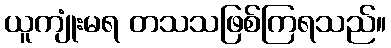
ယူကျုံးမရ တသသဖြစ်ကြရသည်။